Report on the nature of kala-azar
Disease focus: Kala-Azar
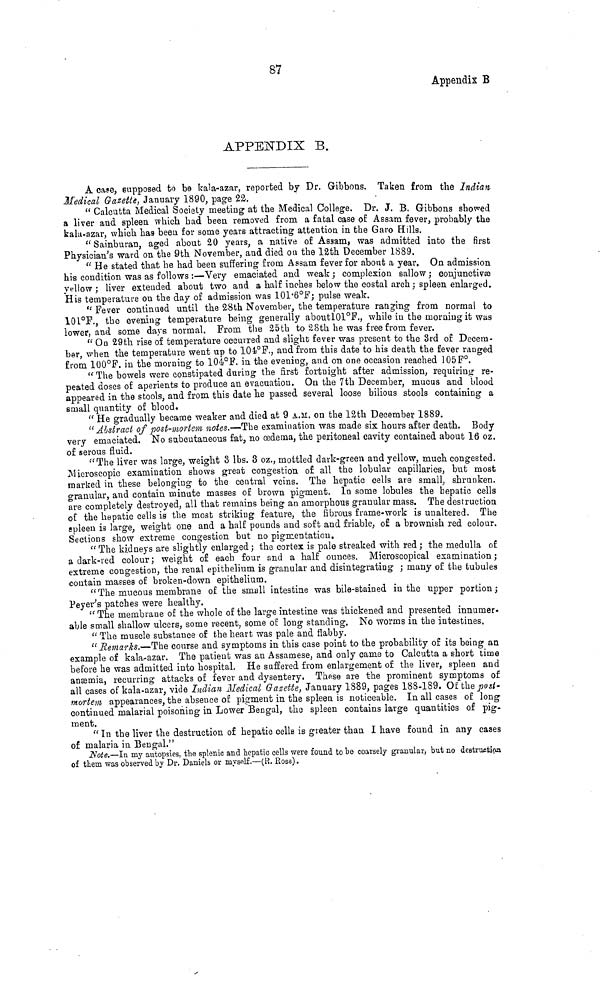
87
Appendix B
APPENDIX B.
A case, supposed to be kala-azar, reported by Dr. Gibbons. Taken from the Indian
Medical Gazette, January 1890, page 22.
"Calcutta Medical Society meeting at the Medical College. Dr. J. B. Gibbons showed
a liver and spleen which had been removed from a fatal case of Assam fever, probably the
kala-azar, which has been for some years attracting attention in the Garo Hills.
"Sainburan, aged about 20 years, a native of Assam, was admitted into the first
Physician's ward on the 9th November, and died ou the 12th December 1889.
"He stated that he had been suffering from Assam fever for about a year. On admission
his condition was as follows :—Very emaciated and weak ; complexion sallow; conjunctivæ
yellow; liver extended about two and a half inches below the costal arch; spleen enlarged.
His temperature on the day of admission was 101.6°F; pulse weak.
"Fever continued until the 28th November, the temperature ranging from normal to
101°F., the evening temperature being generally aboutl01°F., while in the morning it was
lower, and some days normal. From the 25th to 28th he was free from fever.
"On 29th rise of temperature occurred and slight fever was present to the 3rd of Decem-
ber, when the temperature went up to 104°F., and from this date to his death the fever ranged
from 100°F. in the morning to 104°F. in the evening, and on one occasion reached 105F°.
"The bowels were constipated during the first fortnight after admission, requiring re-
peated doses of aperients to produce an evacuation. On the 7th December, mucus and blood
appeared in the stools, and from this date he passed several loose bilious stools containing a
small quantity of blood.
"He gradually became weaker and died at 9 A.M. on the 12th December 1889.
"Abstract of post-mortem notes.—The examination was made six hours after death. Body
very emaciated. No subcutaneous fat, no œdema, the peritoneal cavity contained about 16 oz.
of serous fluid.
"The liver was large, weight 3 lbs. 3 oz., mottled dark-green and yellow, much congested.
Microscopic examination shows great congestion of all the lobular capillaries, but most
marked in these belonging to the central veins. The hepatic cells are small, shrunken.
granular, and contain minute masses of brown pigment. In some lobules the hepatic cells
are completely destroyed, all that remains being an amorphous granular mass. The destruction
of the hepatic cells is the most striking feature, the fibrous frame-work is unaltered. The
spleen is large, weight one and a half pounds and soft and friable, of a brownish red colour.
Sections show extreme congestion but no pigmentation.
"The kidneys are slightly enlarged; the cortex is pale streaked with red; the medulla of
a dark-red colour; weight of each four and a half ounces. Microscopical examination;
extreme congestion, the renal epithelium is granular and disintegrating ; many of the tubules
contain masses of broken-down epithelium.
"The mucous membrane of the small intestine was bile-stained in the upper portion;
Payer's patches were healthy.
"The membrane of the whole of the large intestine was thickened and presented innumer-
able small shallow ulcers, some recent, some of long standing. No worms in the intestines.
"The muscle substance of the heart was pale and flabby.
"Remarks.—The course and symptoms in this case point to the probability of its being an
example of kala-azar. The patient was an Assamese, and only came to Calcutta a short time
before he was admitted into hospital. He suffered from enlargement of the liver, spleen and
anæmia, recurring attacks of fever and dysentery. These are the prominent symptoms of
all cases of kala-azar, vide Indian Medical Gazette, January 1889, pages 188-189. Of the post-
mortem appearances, the absence of pigment in the spleen is noticeable. In all cases of long
continued malarial poisoning in Lower Bengal, the spleen contains large quantities of pig-
ment.
"In the liver the destruction of hepatic cells is greater than I have found in any cases
of malaria in Bengal."
Note.—In my autopsies, the splenic and hepatic cells were found to be coarsely granular, but no destruction
of them was observed by Dr. Daniels or myself.—(R. Ross).